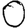
Digit: 0